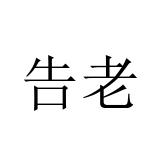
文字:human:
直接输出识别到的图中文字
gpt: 告老